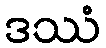
ဒဿံ